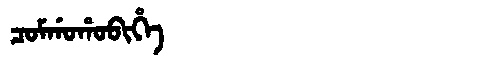
Manchu: ᠴᠣᠮᡤᠣᡥᠣᠪᡳᡥᡝ
Romanization: COMGOHOBIHE